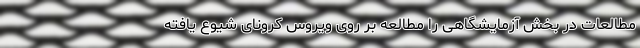
مطالعات در بخش آزمایشگاهی را مطالعه بر روی ویروس‌ کرونای شیوع یافته